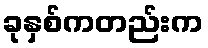
ခုနှစ်ကတည်းက